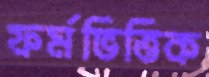
ফর্মভিত্তিক